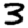
Digit: 3